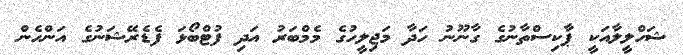
ޝަހްލީލާއަކީ ޕާކިސްތާނުގެ ގާނޫނު ހަދާ މަޖިލީހުގެ މެމްބަރު އަދި ފުޓްބޯޅަ ފެޑެރޭޝަނުގެ އަންހެން